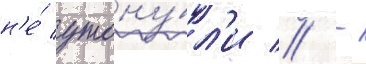
н'е́ утону́л'и // -